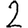
Digit: 2